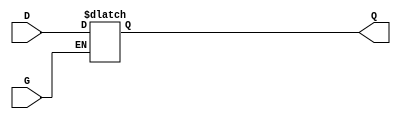
module gated_transparent_latch (
    input wire D,     // Data input
    input wire G,     // Enable (gate) signal
    output reg Q      // Output
);

// Always block that triggers on D or G changes
always @(*) begin
    if (G) begin
        // When G is high, output follows the input D
        Q = D;
    end
    // When G is low, Q retains its previous value (no assignment needed)
end

endmodule